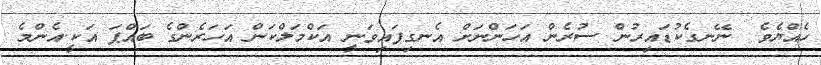
ހެއްޔެވެ  ނޭނގެކުޑައިރުން ސުރެން އަހަންނަށް އެނގިފައިވަނީ އަކްމަލްކަން އަހަރެންގެ ބައްޕަ އަކީ.އެންމެ